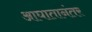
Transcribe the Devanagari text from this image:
आघातानंतर